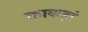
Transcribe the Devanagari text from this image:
काकड़ां